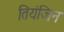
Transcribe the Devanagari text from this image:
तियंजिन